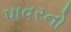
પાવરનો